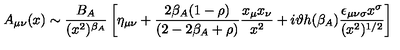
A _ { \mu \nu } ( x ) \sim \frac { B _ { A } } { ( x ^ { 2 } ) ^ { \beta _ { A } } } \left[ \eta _ { \mu \nu } + \frac { 2 \beta _ { A } ( 1 - \rho ) } { ( 2 - 2 \beta _ { A } + \rho ) } \frac { x _ { \mu } x _ { \nu } } { x ^ { 2 } } + i \vartheta h ( \beta _ { A } ) \frac { \epsilon _ { \mu \nu \sigma } x ^ { \sigma } } { ( x ^ { 2 } ) ^ { 1 / 2 } } \right]